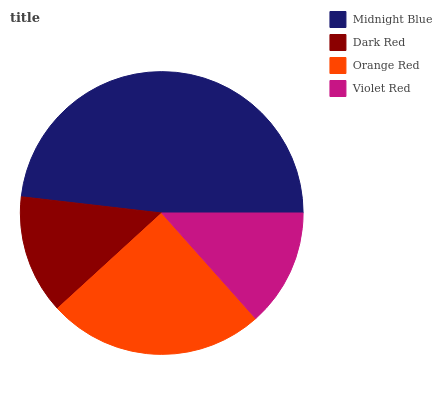
| Midnight Blue | Dark Red | Orange Red | Violet Red |
 | --- | --- | --- | --- |
 | 48.2% | 13.6% | 24.8% | 13.4% |